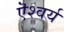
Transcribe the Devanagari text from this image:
ऎश्वर्य